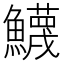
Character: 鱴